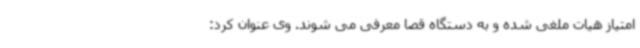
امتیاز هیات ملغی شده و به دستگاه قصا معرفی می شوند. وی عنوان کرد: